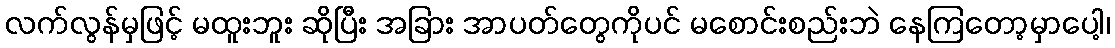
လက်လွန်မှဖြင့် မထူးဘူး ဆိုပြီး အခြား အာပတ်တွေကိုပင် မစောင်းစည်းဘဲ နေကြတော့မှာပေါ့၊